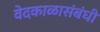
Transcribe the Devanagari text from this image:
वेदकाळासंबंधी